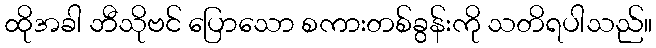
ထိုအခါ ဘီသိုဗင် ပြောသော စကားတစ်ခွန်းကို သတိရပါသည်။